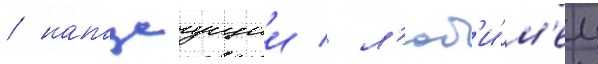
/ нападаущии / л'юб'и́м'ец